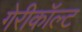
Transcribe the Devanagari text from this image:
गेरीकॉल्ट